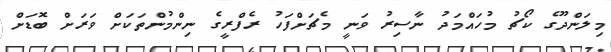
މިލަންދޫގެ ކޯޗު މުހައްމަދު ނާސިރު ވަނީ މެޗަށްފަހު ރެފްރީގެ ނިންމުންތަކަށް ވަރަށް ބޮޑަށް